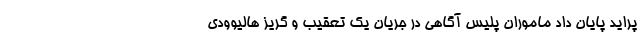
پراید پایان داد ماموران پلیس آگاهی در جریان یک تعقیب و گریز هالیوودی